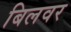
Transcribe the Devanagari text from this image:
बिलवर